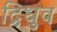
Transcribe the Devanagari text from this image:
द्रिधुव